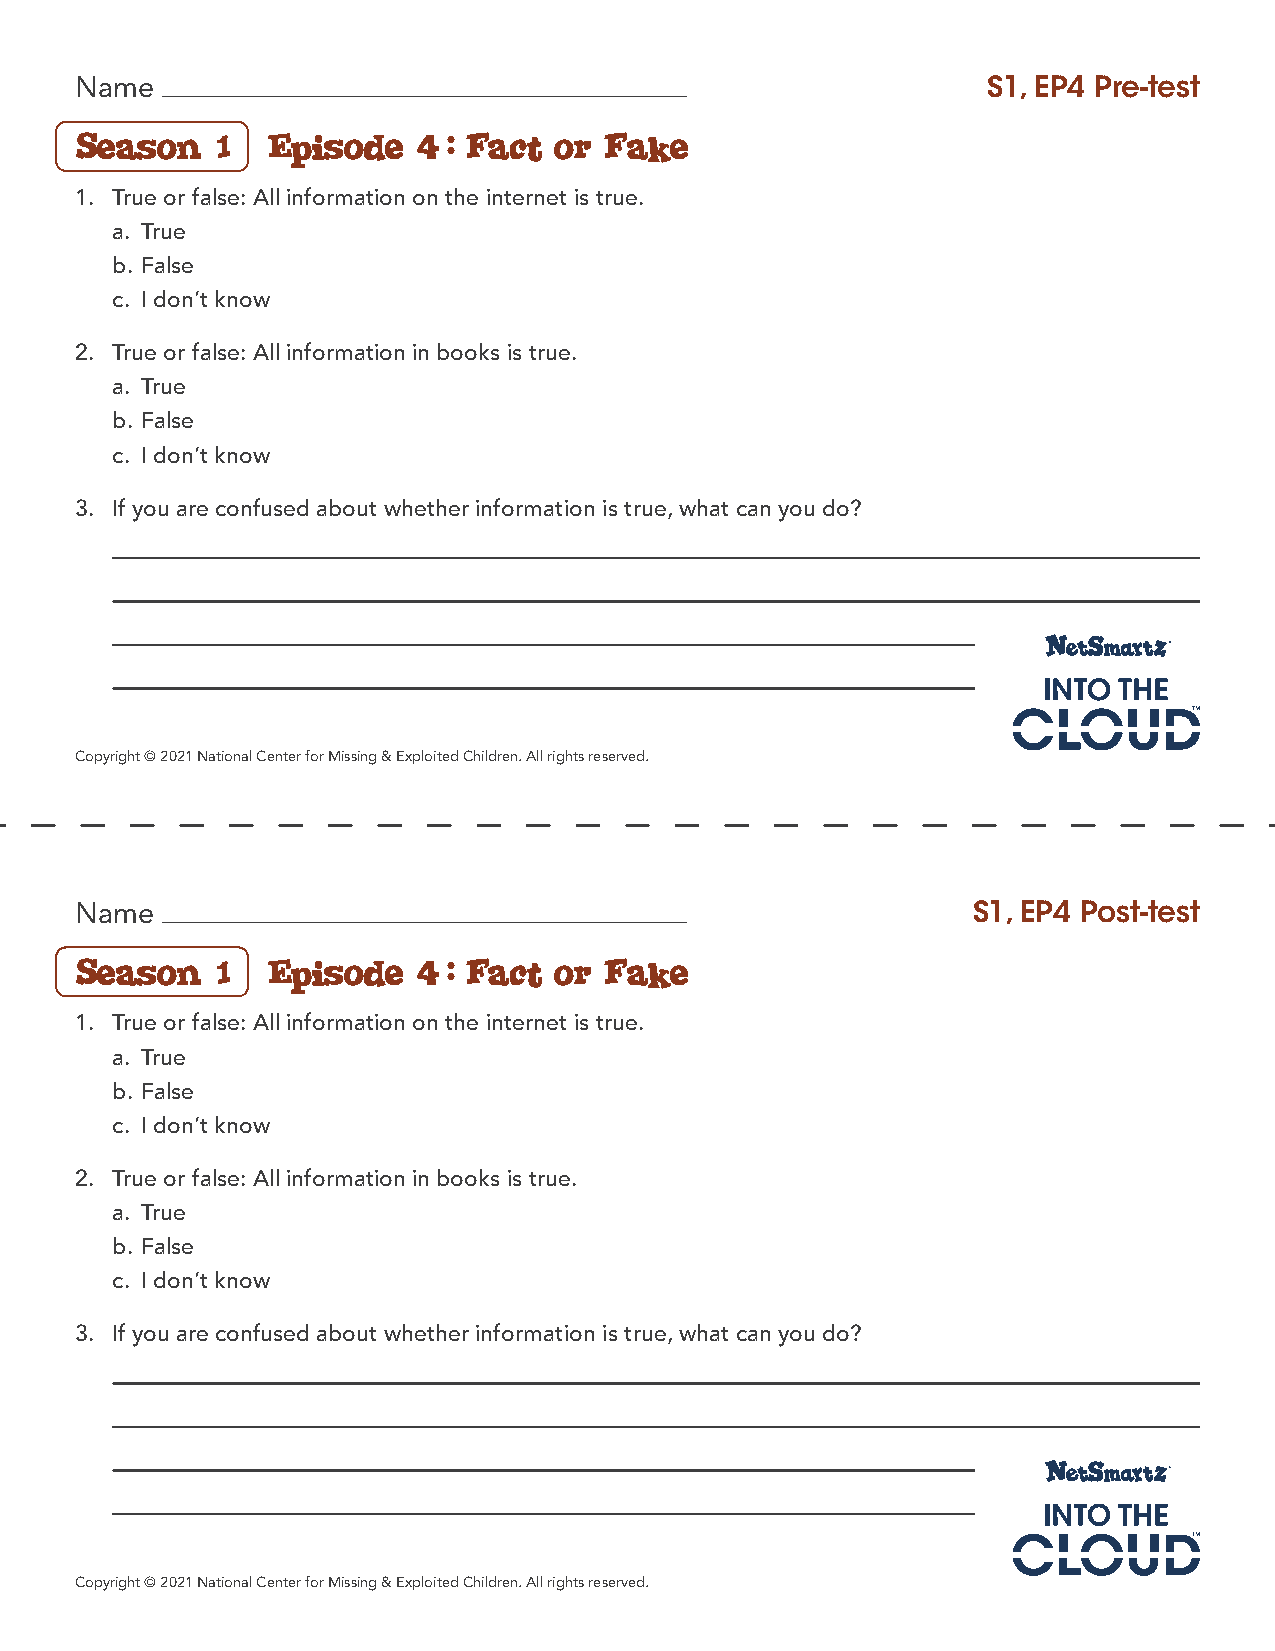
Name                                                        S1, EP4 Pre-test
 Season   1   Episode  4:  Fact  or Fake
 1. True or false: All information on the internet is true.
 a. True
 b. False
 c. I don’t know
 2. True or false: All information in books is true.
 a. True
 b. False
 c. I don’t know
 3. If you are confused about whether information is true, what can you do?
 Copyright © 2021 National Center for Missing & Exploited Children. All rights reserved.
 Name                                                       S1, EP4 Post-test
 Season   1   Episode  4:  Fact  or Fake
 1. True or false: All information on the internet is true.
 a. True
 b. False
 c. I don’t know
 2. True or false: All information in books is true.
 a. True
 b. False
 c. I don’t know
 3. If you are confused about whether information is true, what can you do?
 Copyright © 2021 National Center for Missing & Exploited Children. All rights reserved.